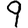
Digit: 9